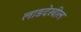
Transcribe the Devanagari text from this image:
लाडदेखील